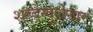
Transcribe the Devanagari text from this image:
शब्देन्दुशेखर